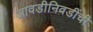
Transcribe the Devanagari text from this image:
आवडीनिवडींची